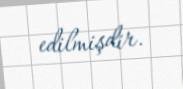
edilmişdir.